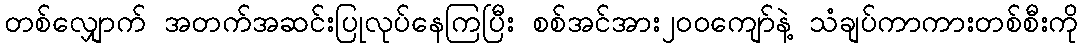
တစ်လျှောက် အတက်အဆင်းပြုလုပ်နေကြပြီး စစ်အင်အား၂၀၀ကျော်နဲ့ သံချပ်ကာကားတစ်စီးကို